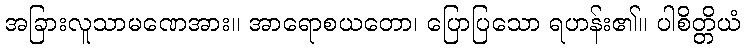
အခြားလူသာမဏေအား။ အာရောစယတော၊ ပြောပြသော ရဟန်း၏။ ပါစိတ္တိယံ